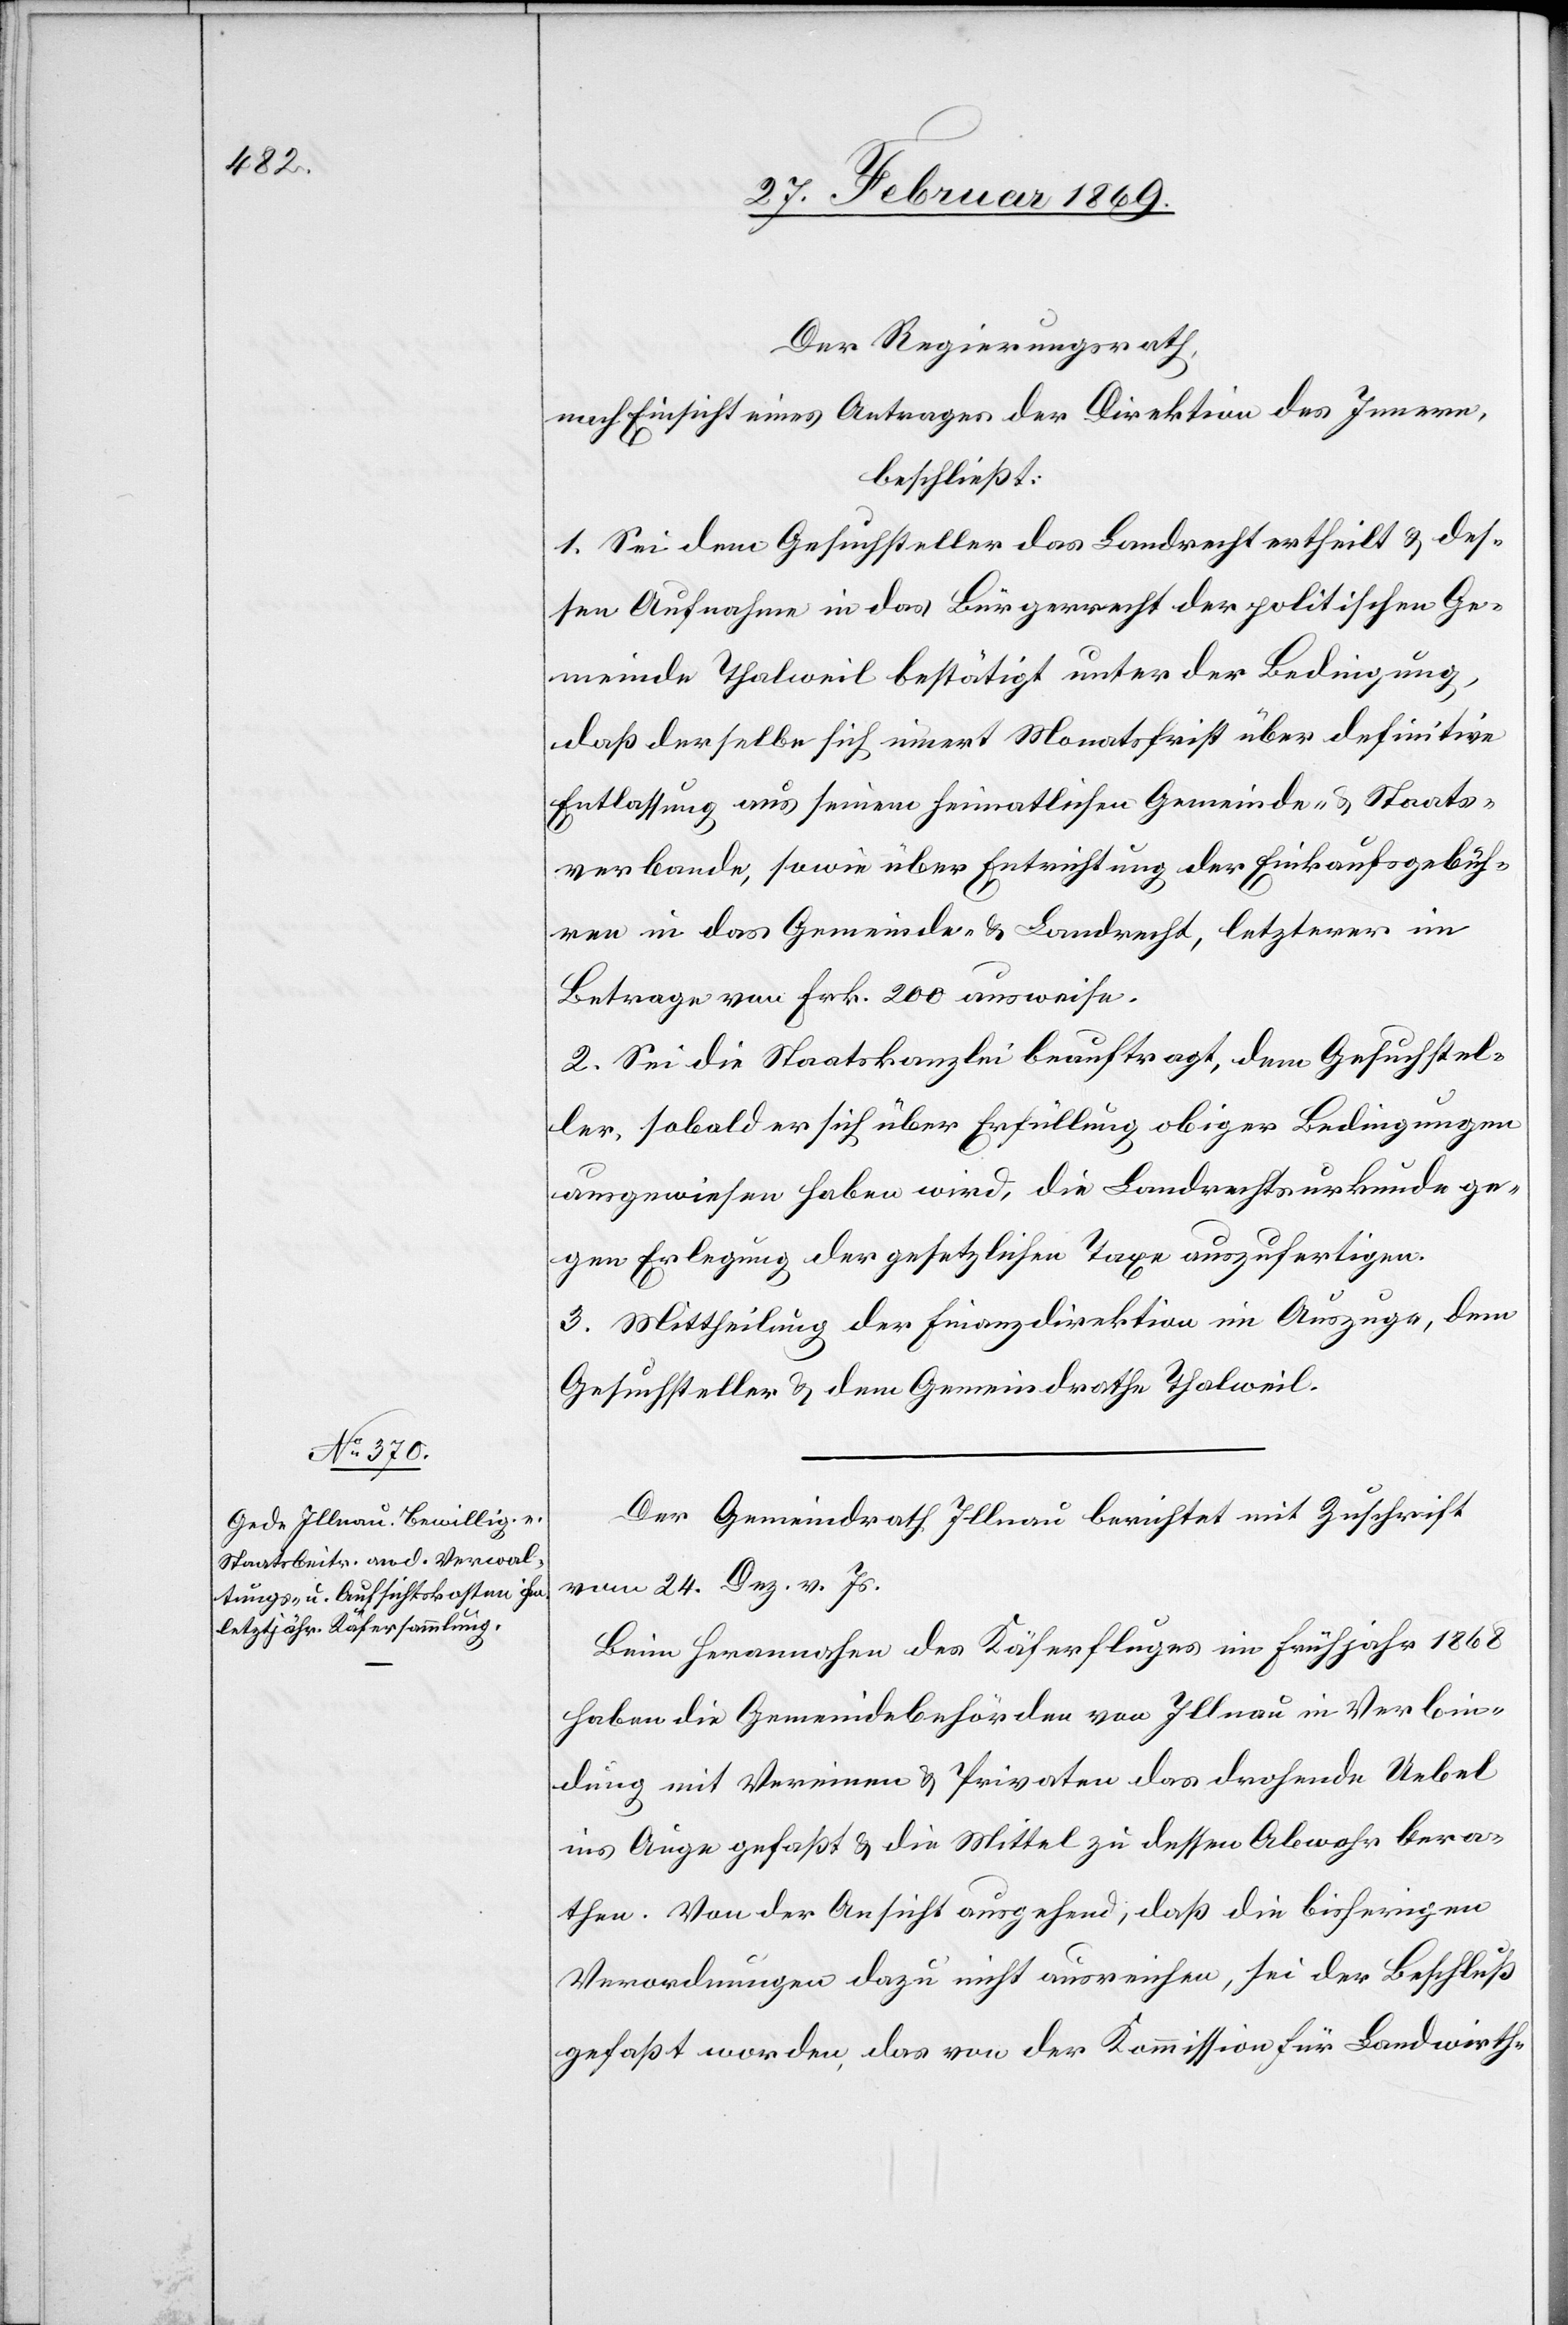
Der Regierungsrath,
nach Einsicht eines Antrages der Direktion des Innern,
beschließt:
1. Sei dem Gesuchsteller das Landrecht ertheilt & des¬
sen Aufnahme in das Bürgerrecht der politischen Ge¬
meinde Thalweil bestätigt unter der Bedingung,
daß derselbe sich innert Monatsfrist über definitive
Entlassung aus seinem heimatlichen Gemeinde- & Staats¬
verbande, sowie über Entrichtung der Einkaufsgebüh¬
ren in das Gemeinde- & Landrecht, letzterer im
Betrage von Frk. 200 ausweise.
2. Sei die Staatskanzlei beauftragt, dem Gesuchstel¬
ler, sobald er sich über Erfüllung obiger Bedingungen
ausgewiesen haben wird, die Landrechtsurkunde ge¬
gen Erlegung der gesetzlichen Taxe auszufertigen.
3. Mittheilung der Finanzdirektion im Auszuge, dem
Gesuchsteller u. dem Gemeindrathe Thalweil.
Der Gemeindrath lllnau berichtet mit Zuschrift
vom 24. Dez. v. Js.
Beim Herannahen des Käferfluges im Frühjahr 1868
haben die Gemeindebehörden von Illnau in Verbin¬
dung mit Vereinen & Privaten das drohende Uebel
ins Auge gefaßt & die Mittel zu dessen Abwehr bera¬
then. Von der Ansicht ausgehend, daß die bisherigen
Verordnungen dazu nicht ausreichen, sei der Beschluß
gefaßt worden, das von der Kommission für Landwirth-